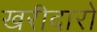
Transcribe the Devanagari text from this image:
खरीदारो